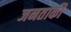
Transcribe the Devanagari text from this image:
जनताकी